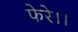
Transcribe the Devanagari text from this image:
फेरे।।